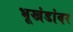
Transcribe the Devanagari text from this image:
भूखंडांवर